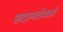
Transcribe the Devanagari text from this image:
सदस्यतेमध्ये